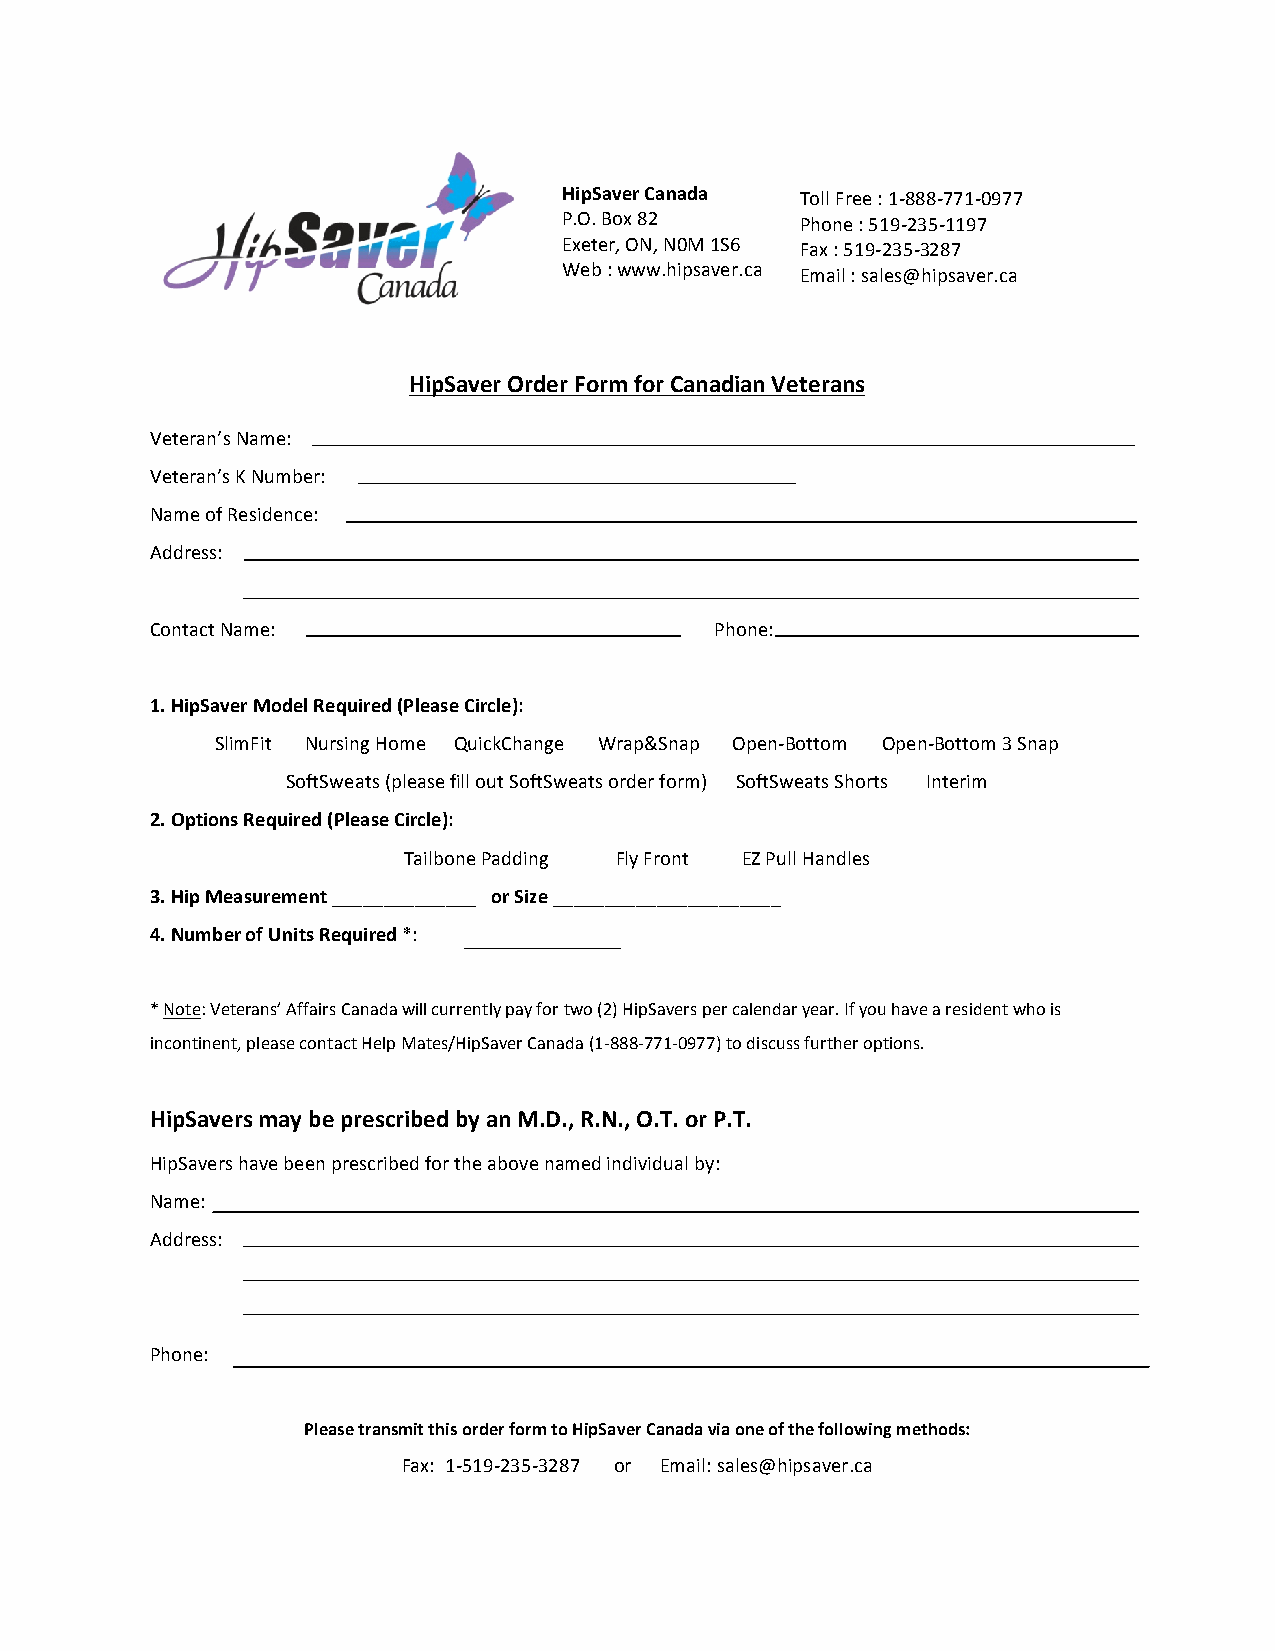
HipSaver Canada Toll Free : 1-­‐888-­‐771-­‐0977
 P.O. Box 82     Phone : 519-­‐235-­‐1197
 Exeter, ON, N0M 1S6 Fax : 519-­‐235-­‐3287
 Web : www.hipsaver.ca Email : sales@hipsaver.ca
 HipSaver Order Form for Canadian Veterans
 Veteran’s Name:
 Veteran’s K Number:
 Name of Residence:
 Address:
 Contact Name:                        Phone:
 1. HipSaver Model Required (Please Circle):
 SlimFit Nursing Home QuickChange Wrap&Snap Open-­‐Bottom Open-­‐Bottom 3 Snap
 SoftSweats (please fill out SoftSweats order form) SoftSweats Shorts Interim
 2. Options Required (Please Circle):
 Tailbone Padding Fly Front EZ Pull Handles
 3. Hip Measurement ______________ or Size ______________________
 4. Number of Units Required *:
 * Note: Veterans’ Affairs Canada will currently pay for two (2) HipSavers per calendar year. If you have a resident who is
 incontinent, please contact Help Mates/HipSaver Canada (1-­‐888-­‐771-­‐0977) to discuss further options.
 HipSavers may be prescribed by an M.D., R.N., O.T. or P.T.
 HipSavers have been prescribed for the above named individual by:
 Name:
 Address:
 Phone:
 Please transmit this order form to HipSaver Canada via one of the following methods:
 Fax: 1-­‐519-­‐235-­‐3287 or Email: sales@hipsaver.ca